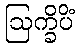
ဩက္ခိပိံ